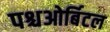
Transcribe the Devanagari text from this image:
पश्चओर्बिटल